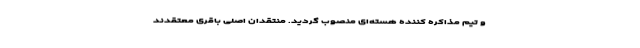
و تیم مذاکره کننده هسته‌ای منصوب گردید. منتقدان اصلی باقری معتقدند